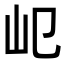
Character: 𡴱